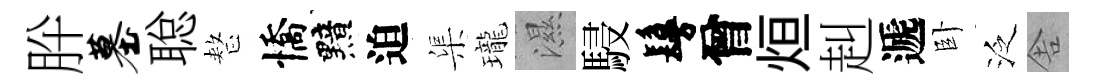
肸墓聪整憍黯迫渠瓏濕駸鬘曾烜赳遞卧泛舎